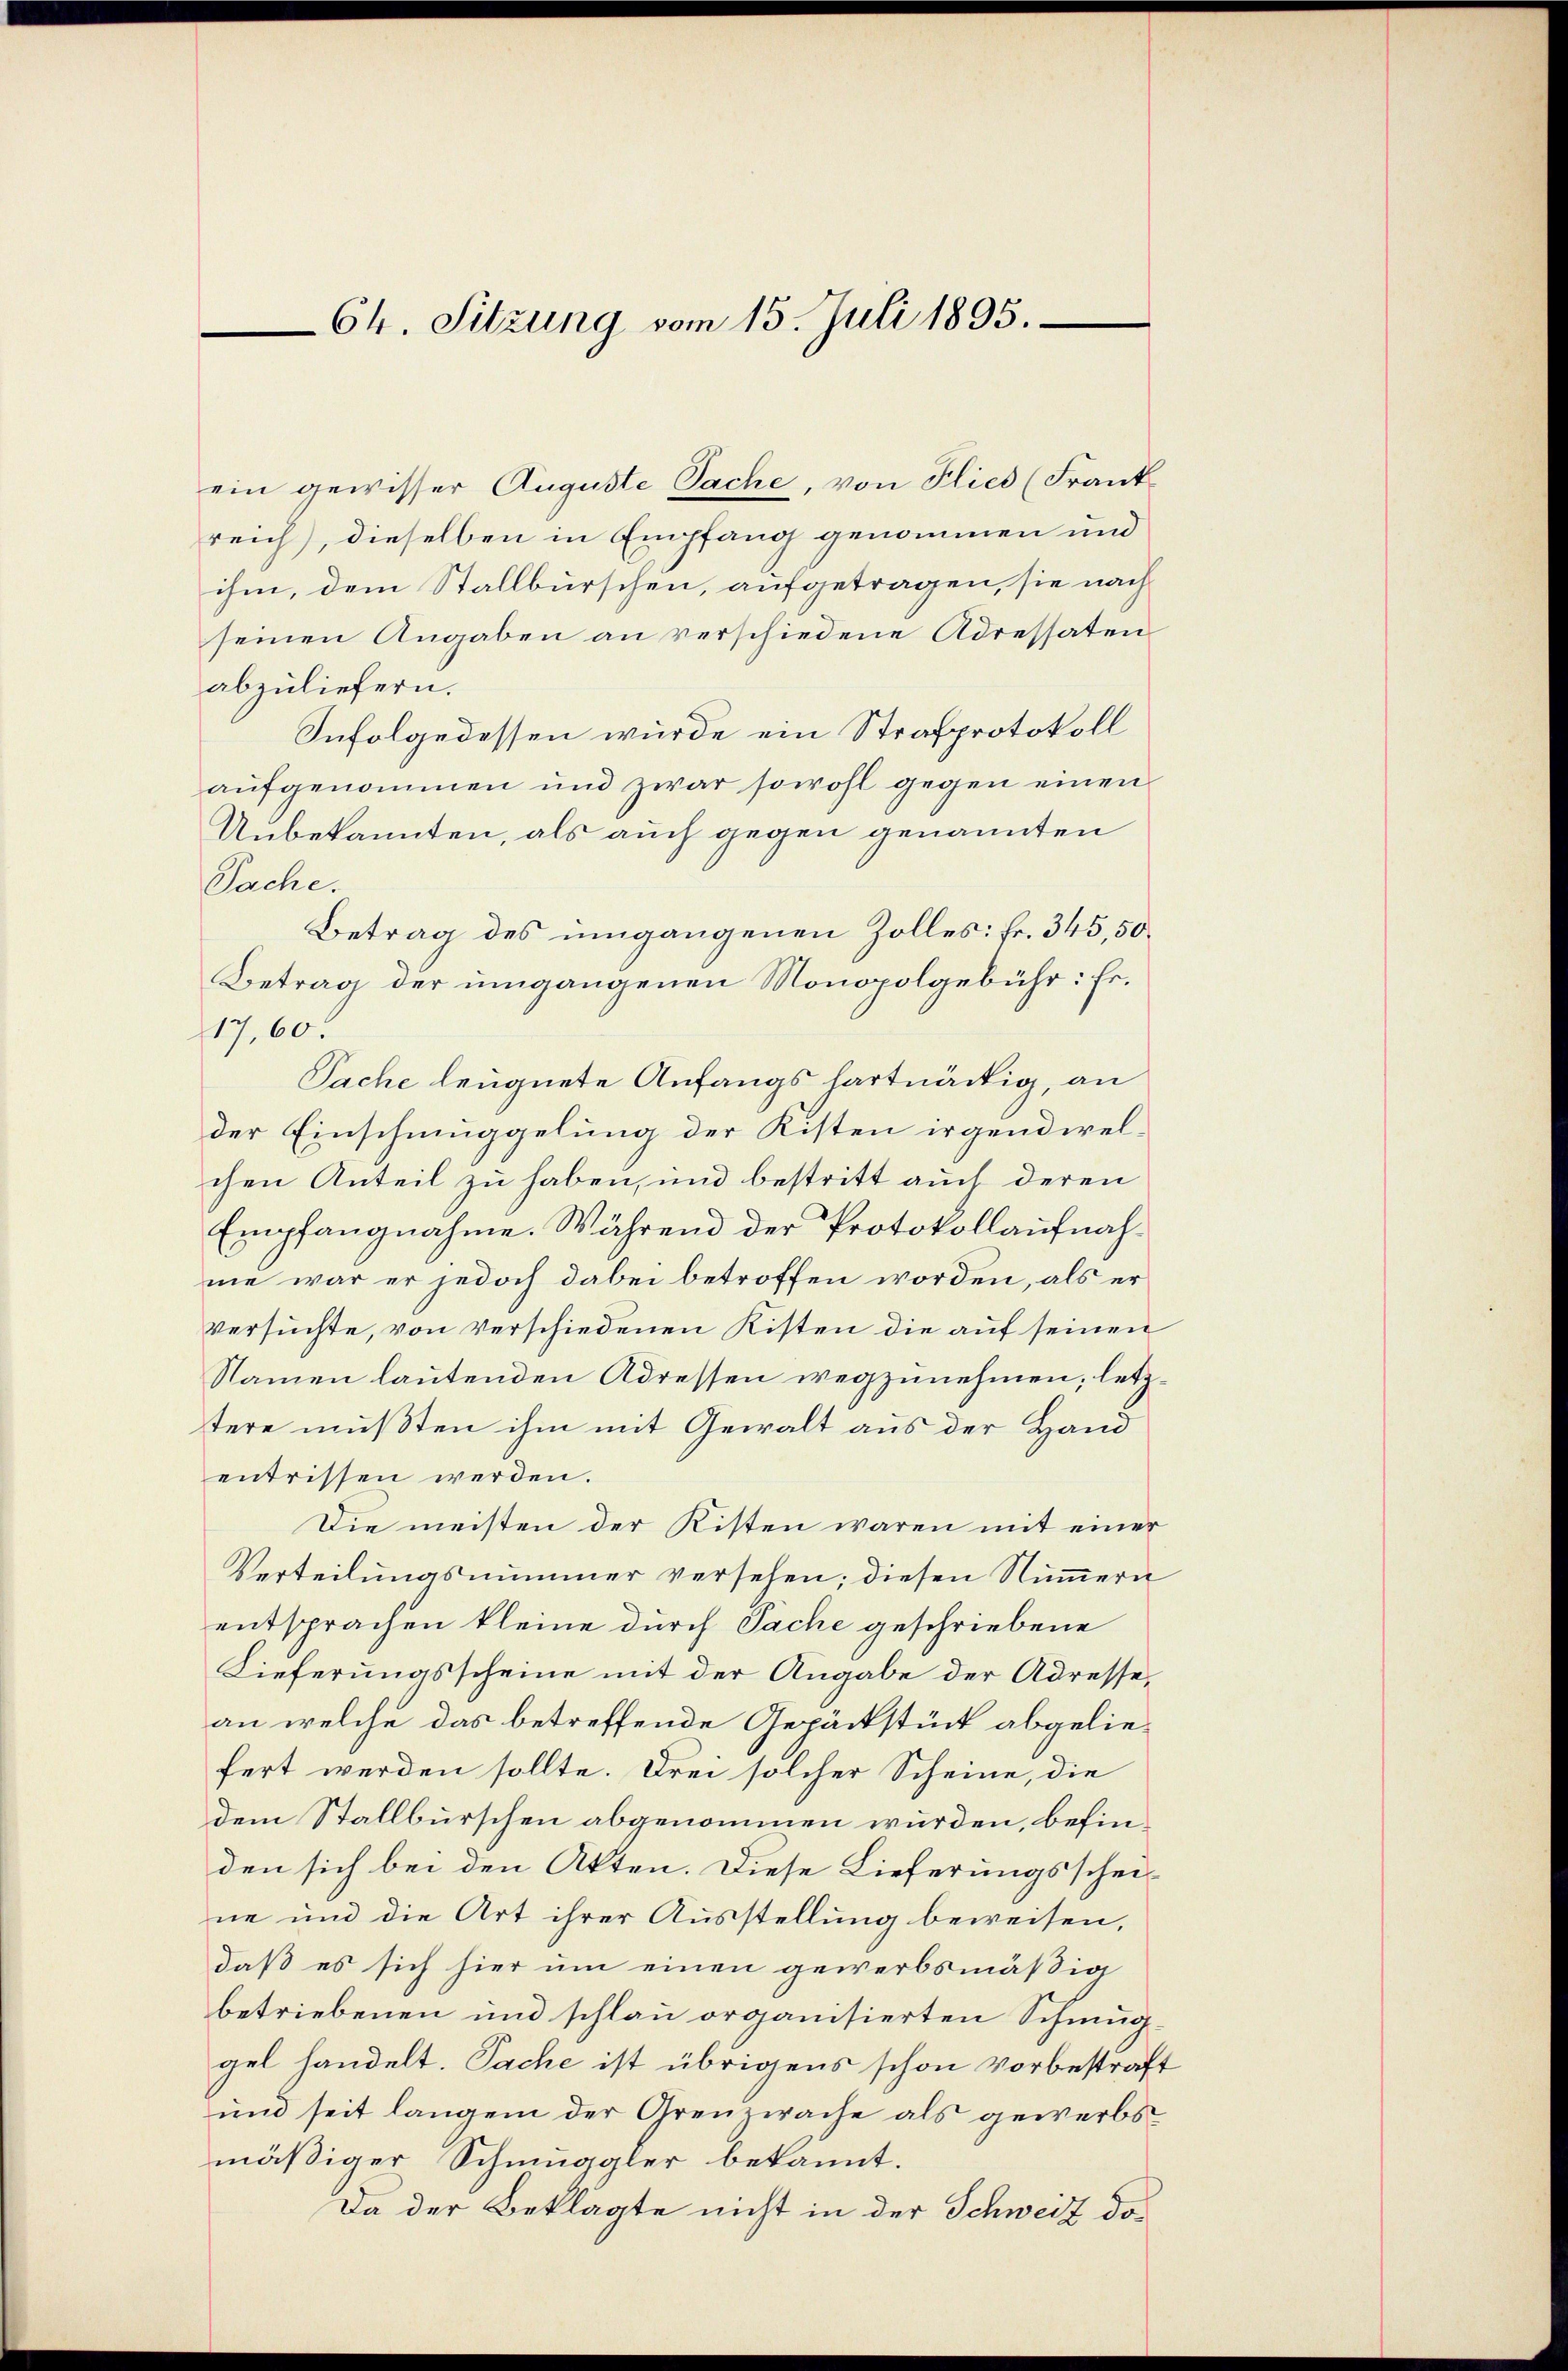
64. Sitzung vom 15. Juli 1895.

ein gewisser Auguste Sache, von Flies (Frank
reich), dieselben in Empfang genommen und
ihm, dem Stallburschen, aufgetragen, sie nach
seinen Angaben an verschiedene Adressaten
abzuliefern.
Infolgedessen wurde ein Strafprotokoll
aufgenommen und zwar sowohl gegen einen
Unbekannten, als auch gegen genannten
Sache.
Betrag des umgangenen Zolles: Fr. 345,50
Betrag der umgangenen Monopolgebühr: Fr.
17,60.
Sache leugnete Anfangs hartnäckig, an
der Einschmuggelung der Kisten irgendwelchen Anteil zu haben, und bestritt auch deren
Empfangnahme. Während der Protokollaufnahme war er jedoch dabei betroffen worden, als er
Versuchte, von verschiedenen Kisten die auf seinen
Namen lautenden Adressen wegzunehmen; letztere mußten ihm mit Gewalt aus der Hand
entrissen werden.
Die meisten der Kisten waren mit einer
Verteilungsnummer versehen; diesen Nummern
entsprachen kleine durch Sache geschriebene
Lieferungsscheine mit der Angabe der Adressean welche das betreffende Gepäckstück abgeliefert werden sollte. Drei solcher Scheine, die
dem Stallburschen abgenommen wurden, befinden sich bei den Akten. Diese Lieferungsscheine und die Art ihrer Ausstellung beweisen,
daß es sich hier um einen gewerbsmäßig
betriebenen und schlau organisierten Schmuggel handelt. Sache ist übrigens schon vorbestraft
und seit langem der Grenzwache als gewerbs
mäßiger Schmuggler bekannt.
Da der Beklagte nicht in der Schweiz das